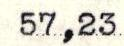
57,23